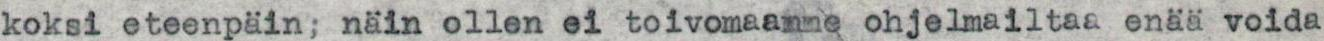
koksi eteenpäin näin ollen ei toivomaanne ohjelmailtaa enää voida